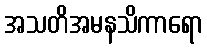
အသတိအမနသိကာရော